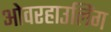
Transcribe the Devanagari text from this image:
ओवरहाउलिंग